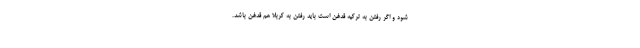
شود و اگر رفتن به ترکیه قدغن است باید رفتن به کربلا هم قدغن باشد.